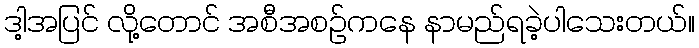
ဒါ့အပြင် လို့တောင် အစီအစဉ်ကနေ နာမည်ရခဲ့ပါသေးတယ်။